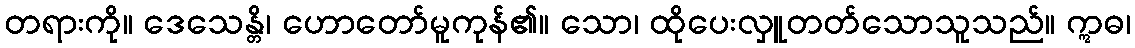
တရားကို။ ဒေသေန္တိ၊ ဟောတော်မူကုန်၏။ သော၊ ထိုပေးလှူတတ်သောသူသည်။ ဣဓ၊